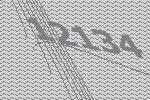
12134